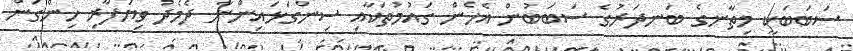
ސަބަބަކީ މިތާނގެ ބަނދަރުގެ ސަބަބުން އެހެން ގައުމުތަކާއި ސިންގަޅައިންނާ ދެމެދު ވިޔަފާރި ހިންގަން